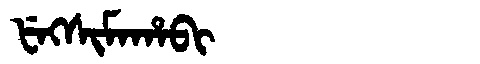
Manchu: ᡶᡝᡴᠰᡳᠮᠠᡥᠠᠪᡳ
Romanization: FEKSIMAHABI